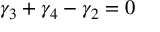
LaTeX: \gamma _ { 3 } + \gamma _ { 4 } - \gamma _ { 2 } = 0